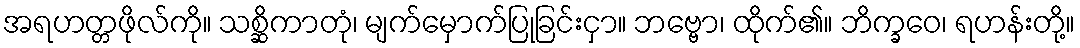
အရဟတ္တဖိုလ်ကို။ သစ္ဆိကာတုံ၊ မျက်မှောက်ပြုခြင်းငှာ။ ဘဗ္ဗော၊ ထိုက်၏။ ဘိက္ခဝေ၊ ရဟန်းတို့။